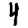
Digit: 4